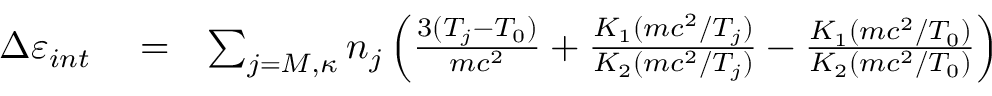
\begin{array} { r l r } { \Delta \varepsilon _ { i n t } } & { { } = } & { \sum _ { j = M , \kappa } n _ { j } \left( \frac { 3 ( T _ { j } - T _ { 0 } ) } { m c ^ { 2 } } + \frac { K _ { 1 } ( m c ^ { 2 } / T _ { j } ) } { K _ { 2 } ( m c ^ { 2 } / T _ { j } ) } - \frac { K _ { 1 } ( m c ^ { 2 } / T _ { 0 } ) } { K _ { 2 } ( m c ^ { 2 } / T _ { 0 } ) } \right) } \end{array}